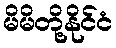
မိမိတို့နိုင်ငံ